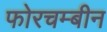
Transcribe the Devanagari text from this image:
फोरचम्बीन